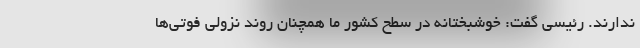
ندارند. رئیسی گفت: خوشبختانه در سطح کشور ما همچنان روند نزولی فوتی‌ها